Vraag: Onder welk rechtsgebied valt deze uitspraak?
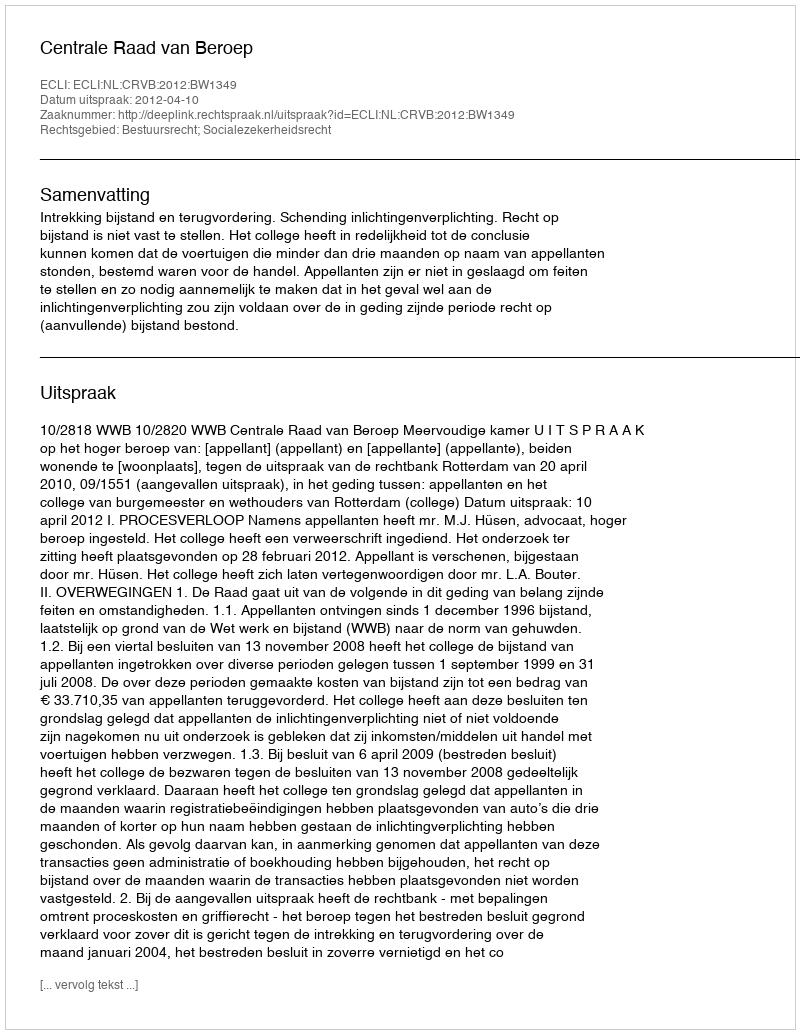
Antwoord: Bestuursrecht; Socialezekerheidsrecht